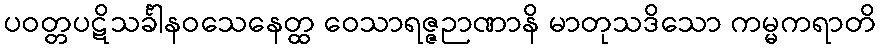
ပဝတ္တပဋိသင်္ခါနဝသေနေတ္ထ ဝေသာရဇ္ဇဉာဏာနိ မာတုသဒိသော ကမ္မကရာတိ